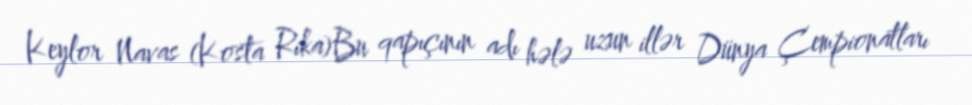
Keylor Navas (Kosta Rika)Bu qapıçının adı hələ uzun illər Dünya Çempionatları